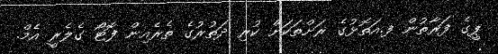
ޕީގެ ފަރާތުން ފ.އަތޮޅުގެ ރަށްތަކަށް ކުރި ދަތުރުގެ ތެރެއިން ފޮޓޯ ގެލެރީ އެމް.